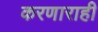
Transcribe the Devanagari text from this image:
करणाराही